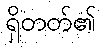
ရှိတတ်၏